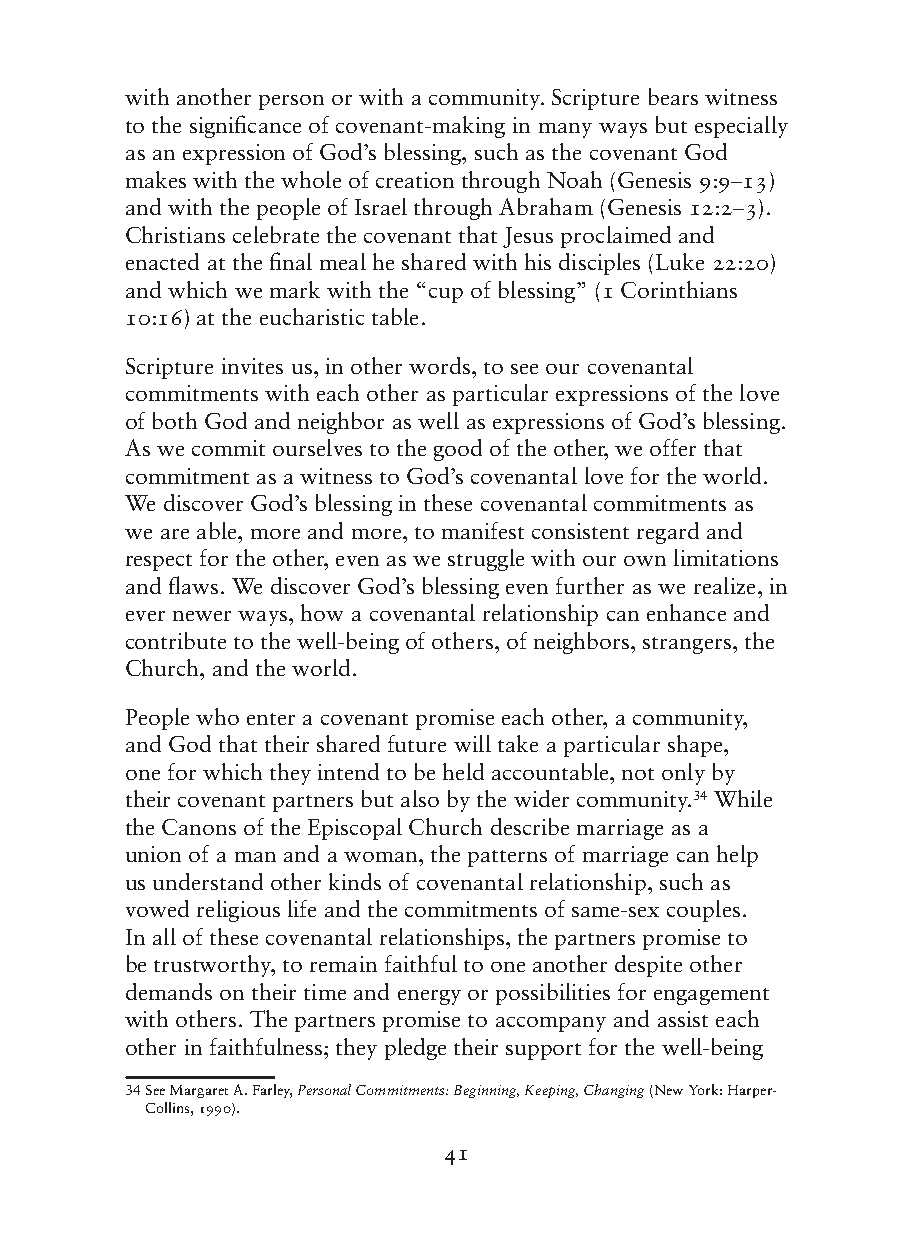
with another person or with a community. Scripture bears witness
 to the significance of covenant-making in many ways but especially
 as an expression of God’s blessing, such as the covenant God
 makes with the whole of creation through Noah (Genesis 9:9–13)
 and with the people of Israel through Abraham (Genesis 12:2–3).
 Christians celebrate the covenant that Jesus proclaimed and
 enacted at the final meal he shared with his disciples (Luke 22:20)
 and which we mark with the “cup of blessing” (1 Corinthians
 10:16) at the eucharistic table.
 Scripture invites us, in other words, to see our covenantal
 commitments with each other as particular expressions of the love
 of both God and neighbor as well as expressions of God’s blessing.
 As we commit ourselves to the good of the other, we offer that
 commitment as a witness to God’s covenantal love for the world.
 We discover God’s blessing in these covenantal commitments as
 we are able, more and more, to manifest consistent regard and
 respect for the other, even as we struggle with our own limitations
 and flaws. We discover God’s blessing even further as we realize, in
 ever newer ways, how a covenantal relationship can enhance and
 contribute to the well-being of others, of neighbors, strangers, the
 Church, and the world.
 People who enter a covenant promise each other, a community,
 and God that their shared future will take a particular shape,
 one for which they intend to be held accountable, not only by
 their covenant partners but also by the wider community.34 While
 the Canons of the Episcopal Church describe marriage as a
 union of a man and a woman, the patterns of marriage can help
 us understand other kinds of covenantal relationship, such as
 vowed religious life and the commitments of same-sex couples.
 In all of these covenantal relationships, the partners promise to
 be trustworthy, to remain faithful to one another despite other
 demands on their time and energy or possibilities for engagement
 with others. The partners promise to accompany and assist each
 other in faithfulness; they pledge their support for the well-being
 34 See Margaret A. Farley, Personal Commitments: Beginning, Keeping, Changing (New York: Harper-
 Collins, 1990).
 41